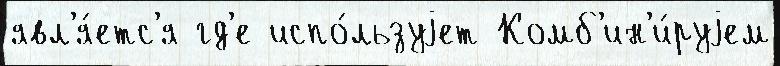
явл'я́етс'я гд'е испо́льзуjет Комб'ин'и́руjем